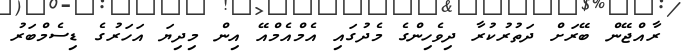
ރާއްޖޭން ބޭރަށް ދަތުރުކުރާ ދިވެހިންގެ މެދުގައި އެމްއެމްއޭ އިން މިދިޔަ އަހަރުގެ ޑިސެމްބަރު